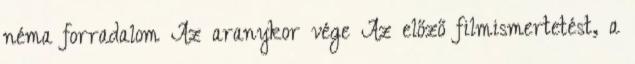
néma forradalom Az aranykor vége Az előző filmismertetést, a